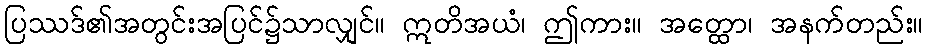
ပြဿဒ်၏အတွင်းအပြင်၌သာလျှင်။ ဣတိအယံ၊ ဤကား။ အတ္ထော၊ အနက်တည်း။